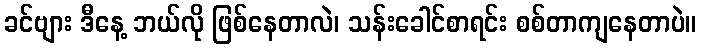
ခင်ဗျား ဒီနေ့ ဘယ်လို ဖြစ်နေတာလဲ၊ သန်းခေါင်စာရင်း စစ်တာကျနေတာပဲ။